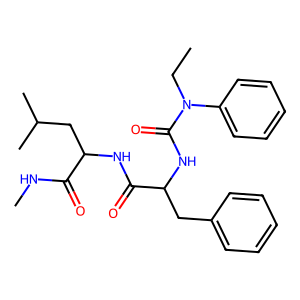
SMILES: CCN(C(=O)NC(Cc1ccccc1)C(=O)NC(CC(C)C)C(=O)NC)c1ccccc1
Inhibits HIV replication: No